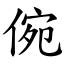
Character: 倇